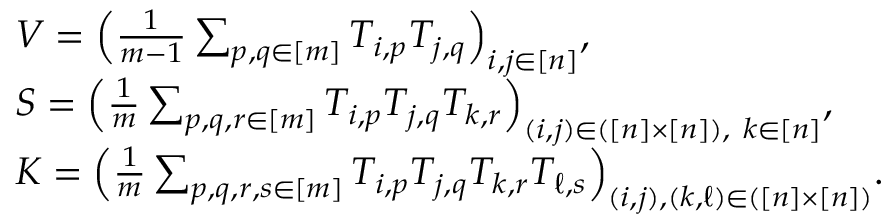
\begin{array} { r l } & { V = \Big ( \frac { 1 } { m - 1 } \sum _ { p , q \in [ m ] } T _ { i , p } T _ { j , q } \Big ) _ { i , j \in [ n ] } , } \\ & { S = \Big ( \frac { 1 } { m } \sum _ { p , q , r \in [ m ] } T _ { i , p } T _ { j , q } T _ { k , r } \Big ) _ { ( i , j ) \in ( [ n ] \times [ n ] ) , ~ k \in [ n ] } , } \\ & { K = \Big ( \frac { 1 } { m } \sum _ { p , q , r , s \in [ m ] } T _ { i , p } T _ { j , q } T _ { k , r } T _ { \ell , s } \Big ) _ { ( i , j ) , ( k , \ell ) \in ( [ n ] \times [ n ] ) } . } \end{array}